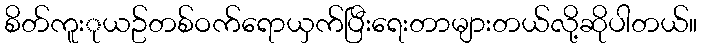
စိတ်ကူးုယဥ်တစ်ဝက်ရောယှက်ပြီးရေးတာများတယ်လို့ဆိုပါတယ်။